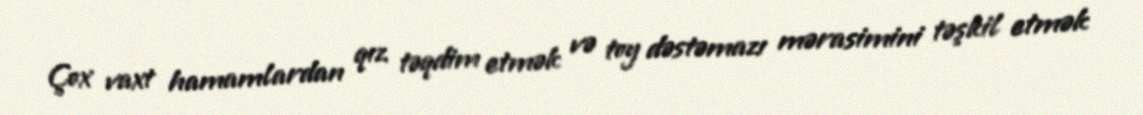
Çox vaxt hamamlardan qız təqdim etmək və toy dəstəmazı mərasimini təşkil etmək